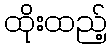
ထိုးထည့်